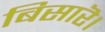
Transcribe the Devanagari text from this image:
बिसारॆ।